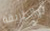
والطريقة